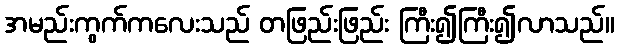
အမည်းကွက်ကလေးသည် တဖြည်းဖြည်း ကြီး၍ကြီး၍လာသည်။